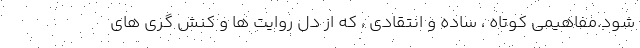
شود.مفاهیمی کوتاه ، ساده و انتقادی ، که از دل روایت ها و کنش گری های